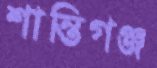
শান্তিগঞ্জ